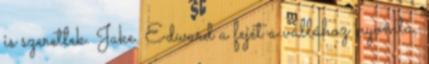
is szeretlek. Jake. Edward a fejét a vállához nyomta,